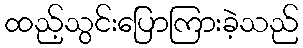
ထည့်သွင်းပြောကြားခဲ့သည်